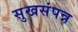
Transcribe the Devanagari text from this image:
सुखसंपन्न